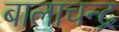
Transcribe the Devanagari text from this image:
बालाचन्द्र